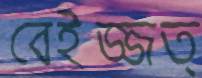
বেইজ্জত্